Vaccination in Bombay 1902-1912 - 1902-1912
Year: 1902
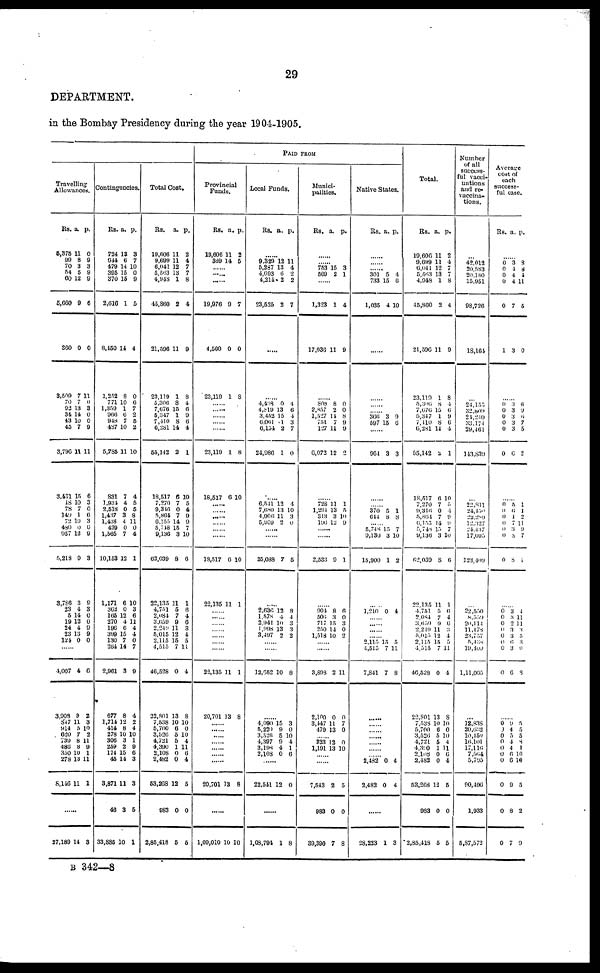
29
DEPARTMENT.
in the Bombay Presidency during the year 1904-1905.
Travelling
Allowances.
Rs.
6,375
99
70
54
60
5,660
360
3,509
70
92
34
43
45
3,796
3,431
18
78
149
72
480
957
5,218
3,786
23
5
19
24
23
121
a.
11
8
3
5
12
9
0
7
7
13
14
10
7
11
15
10
7
1
10
0
12
9
3
4 14
1
4
13
0
p.
0
9
3
9
9
6
0
11
0
3
0
0
9
11
6
3
0
6
3
0
9
3
9
3
0
0
9
9
0
......
4,007
3,908
847
914
620
739
486
350
278
8,146
4
9 11
5
7 8
8
10
13
11
6
2
3
10
2
11
9
1
11
1
......
27,189 1
3
Contingencies.
Rs.
724
644
479
395
370
2,616
8,450
1,252
771
1,359
966
948
487
5,785
831
1,931
2,518
1,437
1,438
429
1,565
10,153
1,171
362
165
270
196
398
130
264
2,961
677
1,714
414
278
306
239
174
45
3,871
46
33,886
a.
13
6
14
15
15
1
14
8
10
1
6
7
10
11
7
4
0
3
4
0
7
12
6
0
12
4
6
15
7
14
3
8
12
8
10
3
2
15
14
11
3
10
p.
3
7
10
0
9
5
4
0
6
7
2
5
2
10
4
5
5
8
11
0
4
1
10
3
6
11
4
4
0
7
9
4
2
4
10
1
9
6
3
3
6
1
Total Cost.
Rs.
19,606
9,699
6,041
5,563
4,948
45,860
21,596
23,119
5,306
7,676
6,347
7,410
6,281
55,142
18,517
7,270
9,316
5,864
6,155
5,718
9,136
62,039
22,135
4,751
2,084
3,659
2,249
5,015
2,115
4,515
46,528
22,801
7,538
5,700
3,526
4,721
4,390
2,106
2,482
53,268
983
2,85,418
a.
11
11
12
13
1
2
11
1
8
15
1
8
14
2
6
7
0
7
14
15
3
8
11
5
7
9
11
12
15
7
0
13
10
6
5
5
1
0
0
12
0
5
p.
2
4
7
7
8
4
9
8
4
6
9
6
4
1
10
5
4
9
9
7
10
6
1
6
4
6
3
4
5
11
4
8
10
0
10
4
11
6
4
5
0
5
PAID FROM
Provincial
Funds.
Rs.
19,606
369
a.
11
14
p.
2
5
......
......
......
19,976
4,560
23,119
9
0
1
7
0
8
......
......
......
......
......
23,119
18,617
1
6
8
10
......
......
......
......
......
......
18,517
22,135
6
11
10
1
......
......
......
......
......
......
......
22,135
20,701
11
13
1
8
......
......
......
......
......
......
20,701 13 8
......
1,09,010 10 10
Local Funds.
Rs. a. p.
......
9,329
5,287
4,693
4,214
23,525
12
13
6
2
2
11
4
2
2
7
......
......
4,498
4,819
3,452
6,061 6,154
24,986
0
13
15
1
2
1
4
6
4
3 7
0
......
6,541
7,680
4,906
5,959
12
13
11
2
4
10
3
0
......
......
25,088 7 5
......
2,636
1,578
2,941
1, 998
3,497
12
4
10
13
2
8
4
3
3
2
......
......
12,652 10 8
......
4,090
5,220
3,526
4,397
3,198
2,108
15
9
5
9
4
0
3
0
10
4
1
6
......
22,541 12 0
......
1,08,794 1 8
Munici-
palities.
Rs. a. p.
......
......
753
569
15
2
3
1
......
1,323
17,036
1
11
4
9
......
808
2,857
1,527
751
127
6,072
8
2
11
7
11
12
0
0
8
9
9
2
......
728
1,294
313
196
11
13
3
12
1
5
10
9
......
......
2,533 9 1
......
904 506
717
250
l,518
8
3
15
14
10
6
0 3
0
2
......
......
3,893
2,100
3,147
479
2
0
11
13
11
0
7
0
...... 323
1,191
12
13
0
10
......
......
7,543
983
39,390
2
0
7
5
0
8
Native States.
Rs. a. p.
......
......
......
301
733
1,035
5
15
4
4
6
10
......
......
......
......
366
597
3
15
9
6
......
964 3 3
......
......
370
614
5
8
1
8
......
5,748
9,136
15,900
15
3
1
7
10
2
......
1,210
0 4
......
......
......
...... 2,115
4,515
7,841
15
7
7
5
11
8
......
......
......
......
......
......
...... 2,482
2,482
0
0
4
4
......
28,223 1 3
Total.
Rs.
19,606
9,699
6,041
5,563
4,948
45,860
21,596
23,119
5,306
7,676
5,347
7,110
6,281
55,142
18,517
7,270
9,316
5,864
6,155
5,748
9,136
62,039
22,135
4,751
2,084
3,659
2,219
5,015
2,115
4,515
46,528
22,801
7,538
5,700
3,526
4,721
4,310
2,108
2,482
53,263
983
2,85,418
a.
11
11
12
13
1
2
11
1
8
15
1
8
14
2
6
7
0
7
14
15
3
8
11
5
7
9
11
12
15
7
0
13
10
6
5
5 1
0
0
12
0
5
p.
2
4
7
7
8
4
9
8
4
6
9
6
4
1
10
5 4
9 9
7
10
6
1
6 4
6
3
4
5
11
4
8
10
0
10
4
11
6
4
5
0
5
Number
of all
success-
ful vacci-
nations
and re-
vaccina-
tions.
...
42,012
20,583
20,180
15,951
98,726
18,161
...
24,155
32,809
21,240
33,174
29,461
143,839
...
22,811
24,150
22,289
12,327
24,437
17,095
123,409
...
22,550
8,559
20,114
11,178
23,757
5,438
19,409
1,11,005
...
12,838
20,632
10,150
l6,101
17,116
7,564
5,795
90,496
1,933
5,87,572
Average
cost of
each
success-
ful case.
Rs. a. p.
......
0
0
0
0
0
1
3
4
4
4
7
3
8
8
4
11
5
0
......
0 0
0
0
0
0
3 3
3
3
3
6
6 9
6
7
5
2
......
0
0
0
0
0
0
0
5
6
1
7
3
8
8
1
1
2 11
9
7
1
......
0
0
0
0
0
0
0
0
3
3
2 3
3
6
3
6
4
11
11
3
5
3
9
8
......
0
0
0
0
0
0
0
0
0
0
9
4
5
4
4
6
6
9
8
7
5
5
5
8
1
10
10
5
2
9
B 342—8